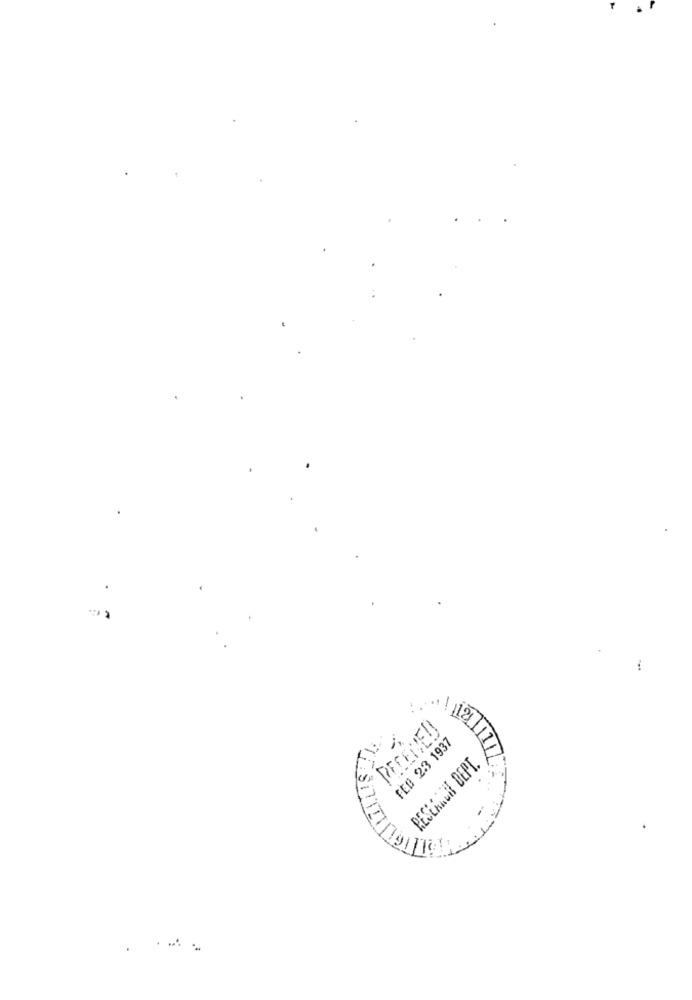
PERENE!
FEB 23 1937
RESEARCH DEPT.